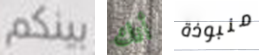
بينكم أنك منبوذة